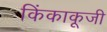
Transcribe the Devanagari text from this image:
किंकाकूजी